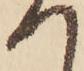
へ